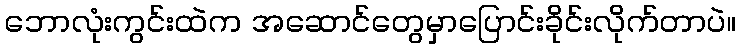
ဘောလုံးကွင်းထဲက အဆောင်တွေမှာပြောင်းခိုင်းလိုက်တာပဲ။